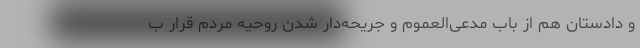
و دادستان هم از باب مدعی‌العموم و جریحه‌دار شدن روحیه مردم قرار ب